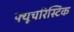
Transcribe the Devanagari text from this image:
फ्यूचरिस्टिक